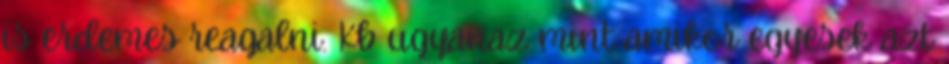
is erdemes reagalni. Kb ugyanaz mint amikor egyesek azt